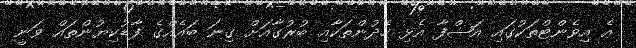
އެ އިވެންޓްތަކުގައި އަޝްފާ އެޅި ހެދުންތަކާއި ބުރުގާއަށް ގިނަ ބައެއްގެ ފާޑުކިޔުންތައް ވަނީ